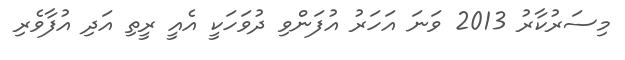
މިސަރުކާރު 2013 ވަނަ އަހަރު އުފަންވި ދުވަހަކީ އެއީ ރީތި އަދި އުފާވެރި